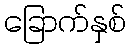
ခြောက်နှစ်